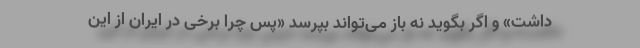
داشت» و اگر بگوید نه باز می‌تواند بپرسد «پس چرا برخی در ایران از این